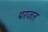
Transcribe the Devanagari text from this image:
परजत